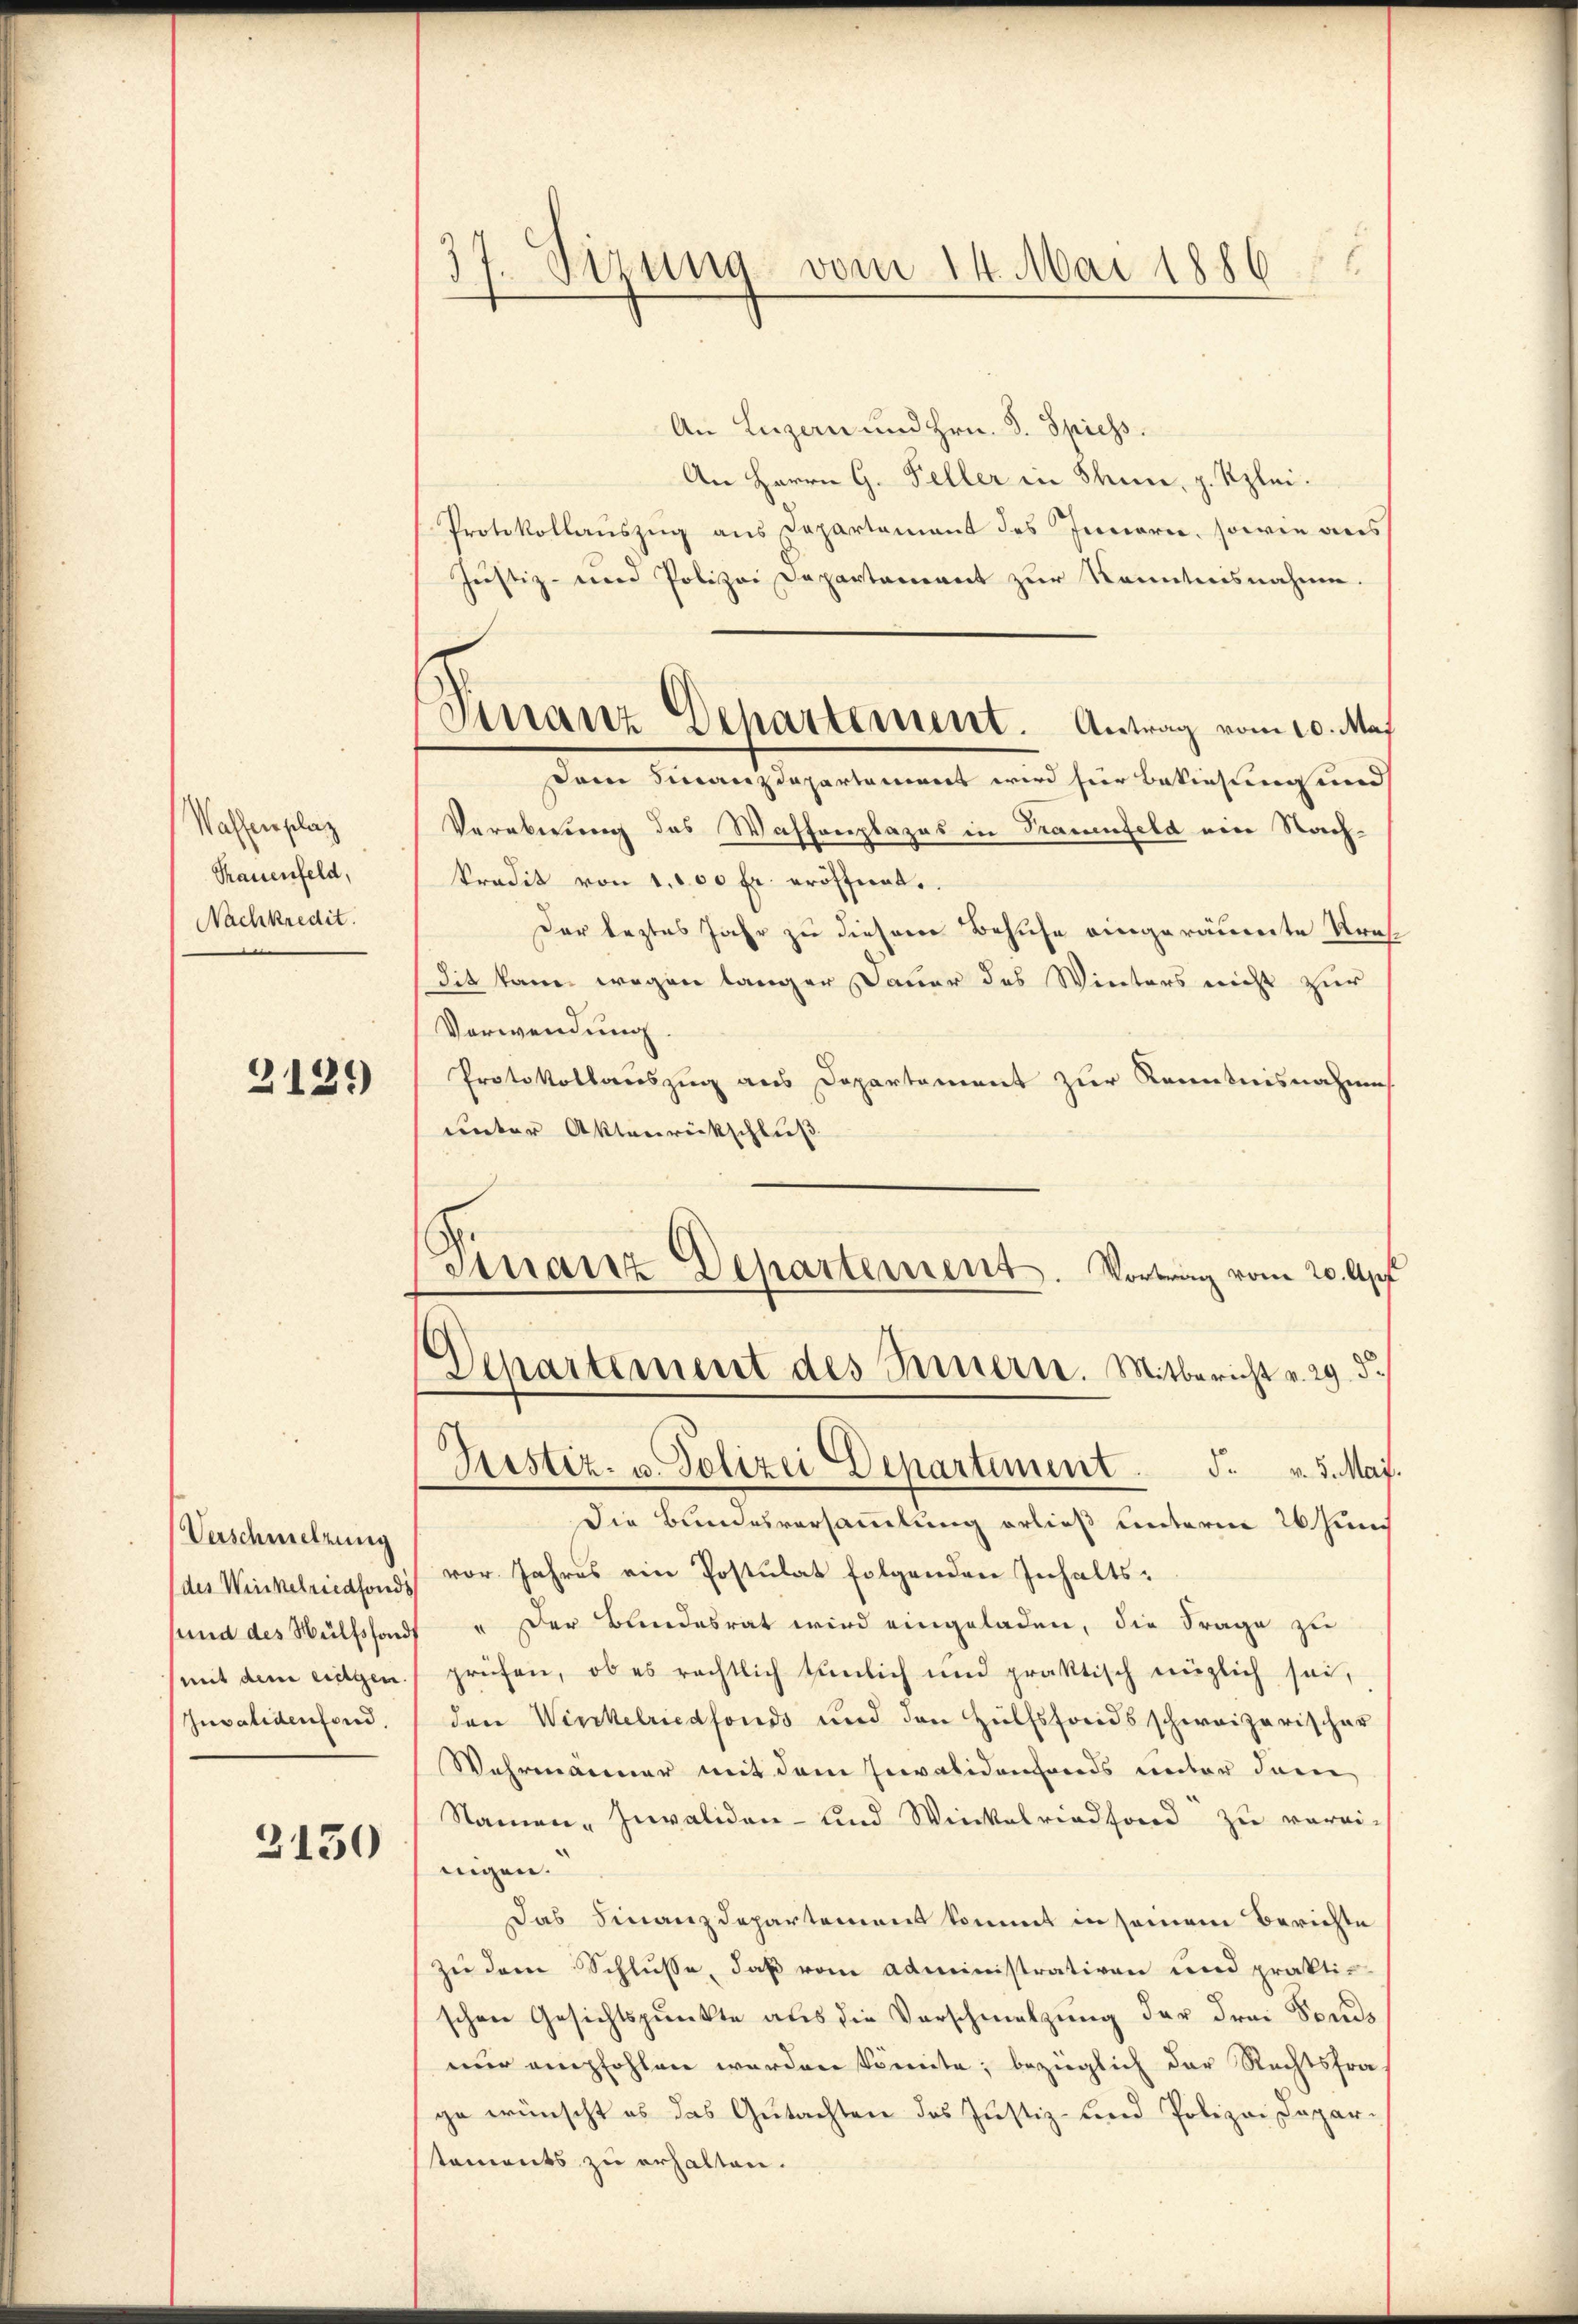
Waffenplaz
Trauenfeld,
Nachkredit.

2129

Verschmelzung
(des Winkelriedfonds
(mit dem eingen.
Invalidenfond.

3150

37. Sizung vom 14. Mai 1886

Verranz Departement. Antrag vom 10. Maj

An Luzern und Hrn. J. Spiess.
An Herrn G. Feller in Thun, z. Klei¬
Protokollauszug aus Departement des Innern, sowie aus
Justiz- und Polizei Departement zur Kenntnisnahme.
am Finanzdepartamiert wird hier Bekiesung und
Veraberung des Waffenplazes in Trauenfeld ein Nachkredit von 1,000 fr. eröffnet.
Der leztes Jahr zu diesem Besuche eingeräumente Krasdie kam wegen langer Dauer des Winters nicht zur
Verwendung.
Protokollauszug aus Departement zur Kenntnisnahmes
unter Aktenrückschluß
Finanz Departement. Vortrag vom 20. Apr
Departement des Innern. Mitbericht v. 29. d.
Tristiz- u. Polizei Departiment. F. v. 3. Mai.
Die Bundesversammlung erließ unterm 26 Jun
vor Jahres ein Postulat folgenden Inhaltssund des Wülfsfonds u Der Bundesrat wird eingeladen, die Frage zu
prüfen, ob es rechtlich tunlich und praktisch möglich sei,
den Winkelriedfonds und den Hülfsfonds schweizerischer
Wahrmänner mit dem Invalidenfonds unter den
Namen - Invaliden- und Winkelriedfond zu verei-
nigen.
Das Finanzdepartement kommt in seinem Berichte
zu dem Schlusse, daß vom Administrativen und prakti-
schen Gesichtspunkte aus die Vorschmelzung der drei Fonds
nur empfohlen werden könnte; bezüglich der Rechtsfra-
ge wünscht es das Gutachten des Justiz- und Polizei Dapar-
staments zu erhalten.